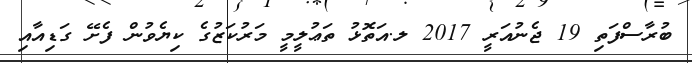
ބުރާސްފަތި 19 ޖެނުއަރީ 2017 ލ.އަތޮޅު ތަޢުލީމީ މަރުކަޒުގެ ކިޔެވުން ފެށޭ ގަޑިއާއި